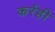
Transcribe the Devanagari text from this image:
कर्रही